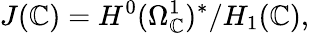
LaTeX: J(\mathbb{C})=H^{0}(\Omega_{\mathbb{C}}^{1})^{*}/H_{1}(\mathbb{C}),